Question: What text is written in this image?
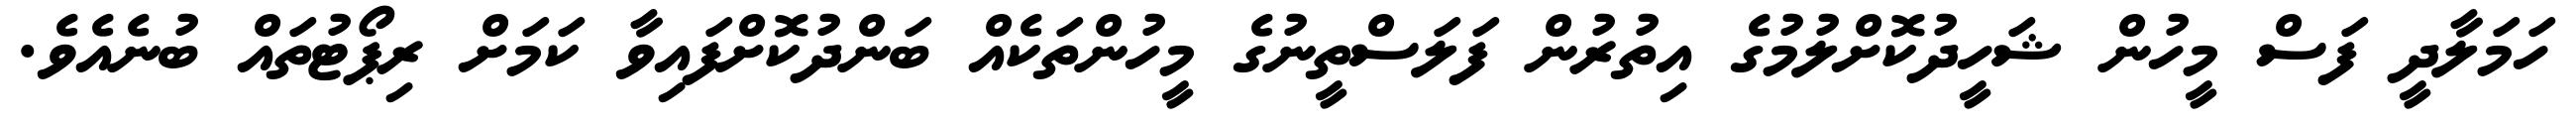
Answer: ހަމަލާދީ ފަސް މީހުން ޝަހީދުކޮށްލުމުގެ އިތުރުން ފަލަސްތީނުގެ މީހުންތަކެއް ބަންދުކޮށްފައިވާ ކަމަށް ރިޕޯޓުތައް ބުނެއެވެ.